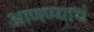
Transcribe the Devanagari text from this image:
आणण्याचं